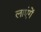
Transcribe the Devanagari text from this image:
लाएंगें